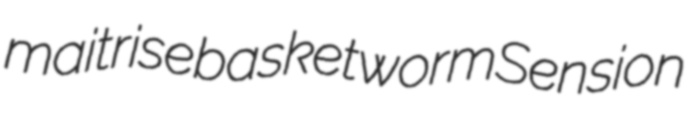
maitrise basketworm Sension